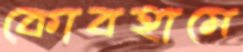
কোবহামে